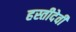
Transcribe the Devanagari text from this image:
हस्तीदेवी